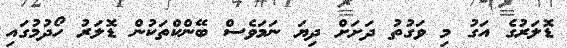
ޑޮލަރުގެ އަގު މި ވަގުތު ދަށަށް ދިޔަ ނަމަވެސް ބޭންކްތަކުން ޑޮލަރު ހޯދުމުގައި